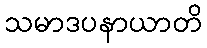
သမာဒပနာယာတိ